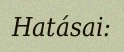
Hatásai: